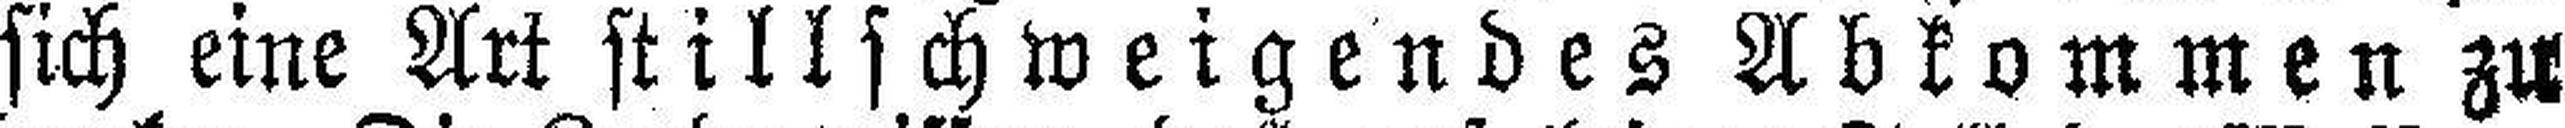
sich eine Art stillschweigendes Abkommen zu